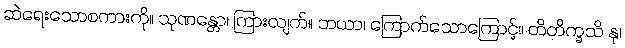
ဆဲရေးသောစကားကို။ သုဏန္တော၊ ကြားလျက်။ ဘယာ၊ ကြောက်သောကြောင့်။ တိတိက္ခသိ နု၊